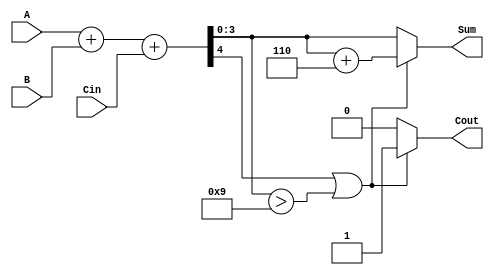
module BCD_Hybrid_Adder (
    input  wire [3:0] A,    // First BCD digit
    input  wire [3:0] B,    // Second BCD digit
    input  wire Cin,         // Carry input
    output reg  [3:0] Sum,   // BCD sum output
    output reg  Cout         // Carry output
);

    wire [4:0] S;           // 5-bit sum (A + B + Cin)
    wire [4:0] corrected_sum; // Corrected sum after BCD adjustment

    // Binary addition
    assign S = A + B + Cin;

    // BCD correction logic
    always @(*) begin
        // Default values
        Sum = S[3:0];  // Assign the initial sum
        Cout = S[4];   // Carry out from the addition

        // Check for BCD correction conditions
        if (S[4] || (S[3:0] > 4'd9)) begin
            Sum = S[3:0] + 4'd6;  // Add 6 for BCD correction
            Cout = 1'b1;          // Set carry out
        end else begin
            Cout = 1'b0;          // No carry out
        end
    end

endmodule